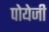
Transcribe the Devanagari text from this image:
पोयेजी